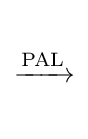
{\begin{matrix}{}\\{\xrightarrow {\mathrm {PAL} }}\\{}\end{matrix}}